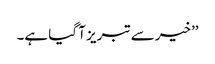
’’خیر سے تبریز آ گیا ہے۔